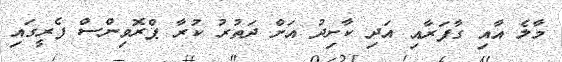
މާލެ އާއި ގާފަރާއި އަދި ކާށިދު އަށް ދަތުރު ކުރާ ޕްރޮވިންސް ފެރީގައި